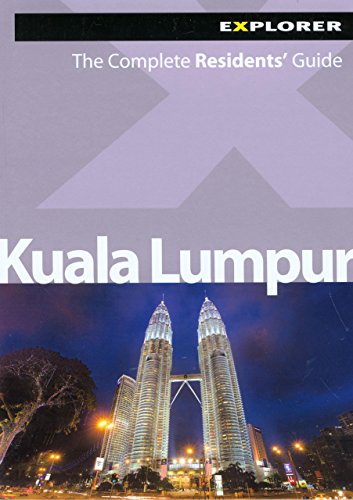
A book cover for Kuala Lumpur Complete Residents' Guides; Explorer Publishing; Travel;